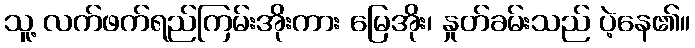
သူ့ လက်ဖက်ရည်ကြမ်းအိုးကား မြေအိုး၊ နှုတ်ခမ်းသည် ပဲ့နေ၏။